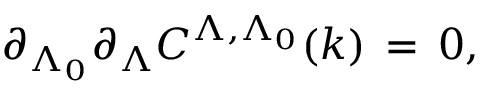
\partial _ { \Lambda _ { 0 } } \partial _ { \Lambda } C ^ { \Lambda , \Lambda _ { 0 } } ( k ) \, = \, 0 ,